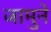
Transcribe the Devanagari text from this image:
जामुने